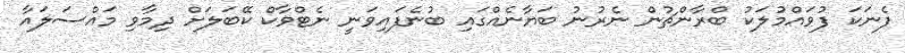
ފެނަކަ ފުވައްމުލަކު ބްރާންޗުން ނެރުނު ބަޔާނެއްގައި ބުނެފައިވަނީ ނެޓްވާކް ކޭބަލަށް ދިމާވި މައްސަލައާ